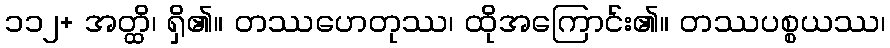
၁၁၂+ အတ္ထိ၊ ရှိ၏။ တဿဟေတုဿ၊ ထိုအကြောင်း၏။ တဿပစ္စယဿ၊